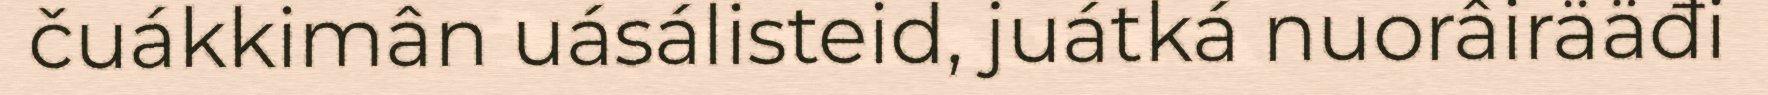
čuákkimân uásálisteid, juátká nuorâirääđi